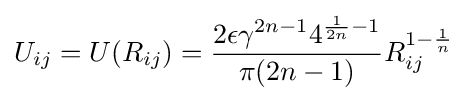
U_{ij}=U(R_{ij})={\frac {2\epsilon \gamma ^{2n-1}4^{{\frac {1}{2n}}-1}}{\pi (2n-1)}}R_{ij}^{1-{\frac {1}{n}}}